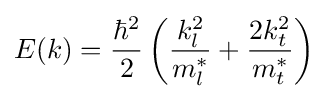
E(k)={\frac {\hbar ^{2}}{2}}\left({\frac {k_{l}^{2}}{m_{l}^{*}}}+{\frac {2k_{t}^{2}}{m_{t}^{*}}}\right)